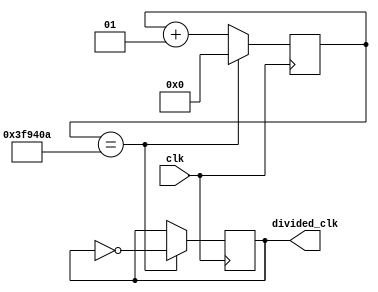
`timescale 1ns / 1ps
// counter based
module clock_divider_72hz(
    input wire clk, // 100 MHz
    output reg divided_clk  = 0
    );
    
    localparam div_val = 4166666;//694443; // 72Hz
    // div_val = [clk / (2*desired freq)] - 1
    
    integer counter = 0;
    
    always @(posedge clk)
    begin
        if (counter == div_val)
        begin
            counter <= 0;
            divided_clk <= ~divided_clk;
        end
        
        else
        begin
            counter <= counter + 1;
            divided_clk <= divided_clk;
        end
        
    end
    
endmodule